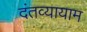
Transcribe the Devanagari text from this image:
दंतव्यायाम